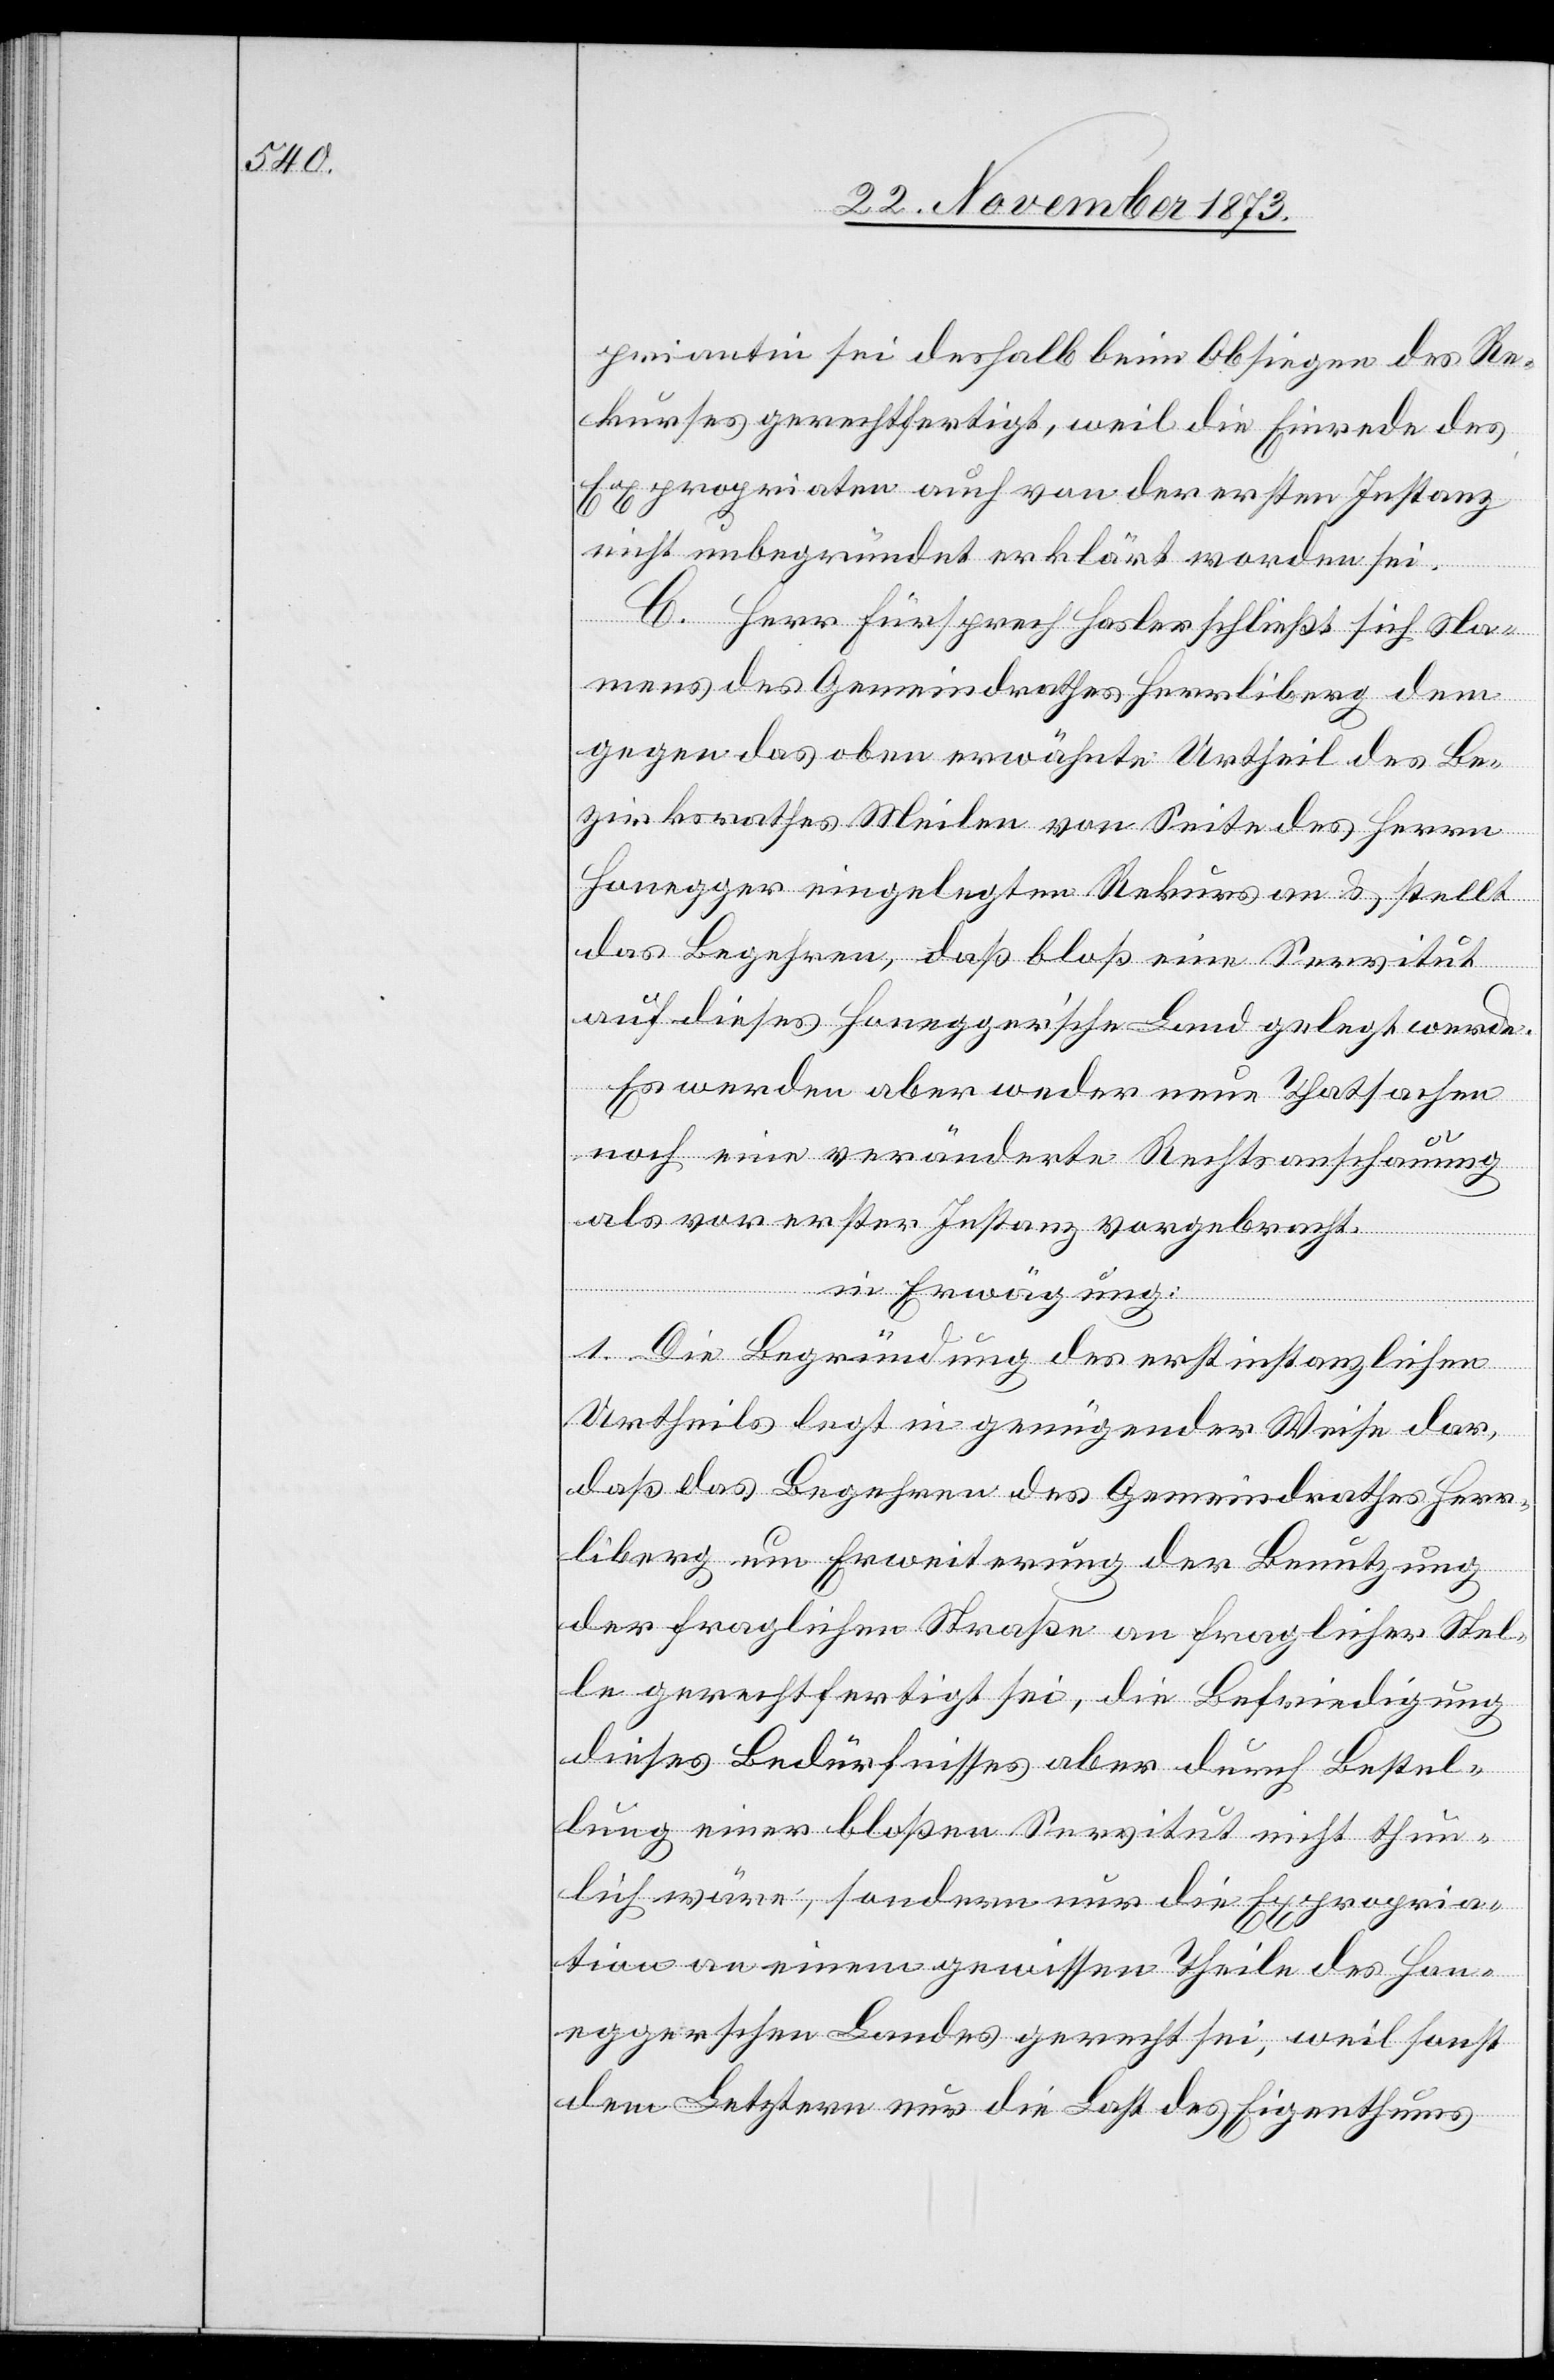
priantin sei deshalb beim Obsiegen des Re¬
kurses gerechtfertigt, weil die Einrede des
Expropriaten auch von der ersten Instanz
nicht unbegründet erklärt worden sei.
C. Herr Fürsprech Hasler schließt sich Na¬
mens des Gemeindrathes Herrliberg dem
gegen das oben erwähnte Urtheil des Be¬
zirksrathes Meilen von Seite des Herrn
Honegger eingelegten Rekurs an & stellt
das Begehren, daß bloß eine Servitut
auf dieses Honegger’sche Land gelegt werde.
Es werden aber weder neue Thatsachen
noch eine veränderte Rechtsanschauung
als vor erster Instanz vorgebracht.
in Erwägung:
1. Die Begründung des erstinstanzlichen
Urtheils legt in genügender Weise dar,
daß das Begehren des Gemeindrathes Herr¬
liberg um Erweiterung der Benutzung
der fraglichen Straße an fraglicher Stel¬
le gerechtfertigt sei, die Befriedigung
dieses Bedürfnisses aber durch Bestel¬
lung einer bloßen Servitut nicht thun¬
lich wäre, sondern nur die Expropria¬
tion an einem gewissen Theile des Hon¬
eggerschen Landes gerecht sei, weil sonst
dem Letztern nur die Last des Eigenthums